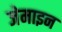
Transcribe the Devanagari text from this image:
जेमाइन